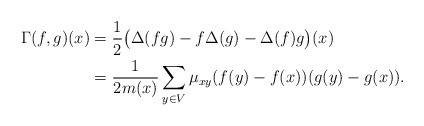
LaTeX: \begin{align*}\Gamma(f,g)(x) & = \frac{1}{2}\big(\Delta(fg) - f \Delta(g) - \Delta(f)g\big)(x) \\ &= \frac{1}{2m(x)} \sum_{y\in V} \mu_{xy} (f(y) - f(x))(g(y)-g(x)).\end{align*}